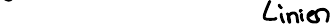
Linien